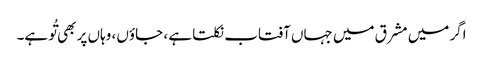
اگر میں مشرق میں جہاں آفتاب نکلتا ہے ، جاؤں ، وہاں پر بھی تُو ہے۔